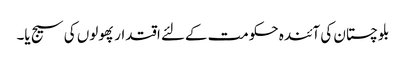
بلوچستان کی آئندہ حکومت کےلئے اقتدار پھولوں کی سیج یا۔